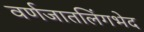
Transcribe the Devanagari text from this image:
वर्णजातलिंगभेद